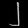
Digit: ၂